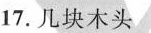
17.几块木头